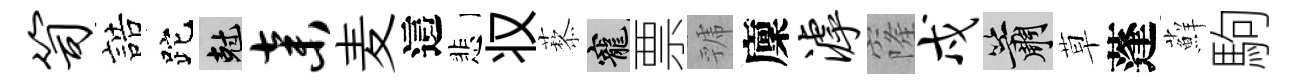
笥誥跎剋弃麦這悲𠬧藜寵票虢廩滹窿戍簫草蓬蘚駒